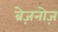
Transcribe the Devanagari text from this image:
ब्रेज़नोज़